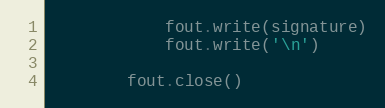
Language: Python
            fout.write(signature)
            fout.write('\n')

        fout.close()